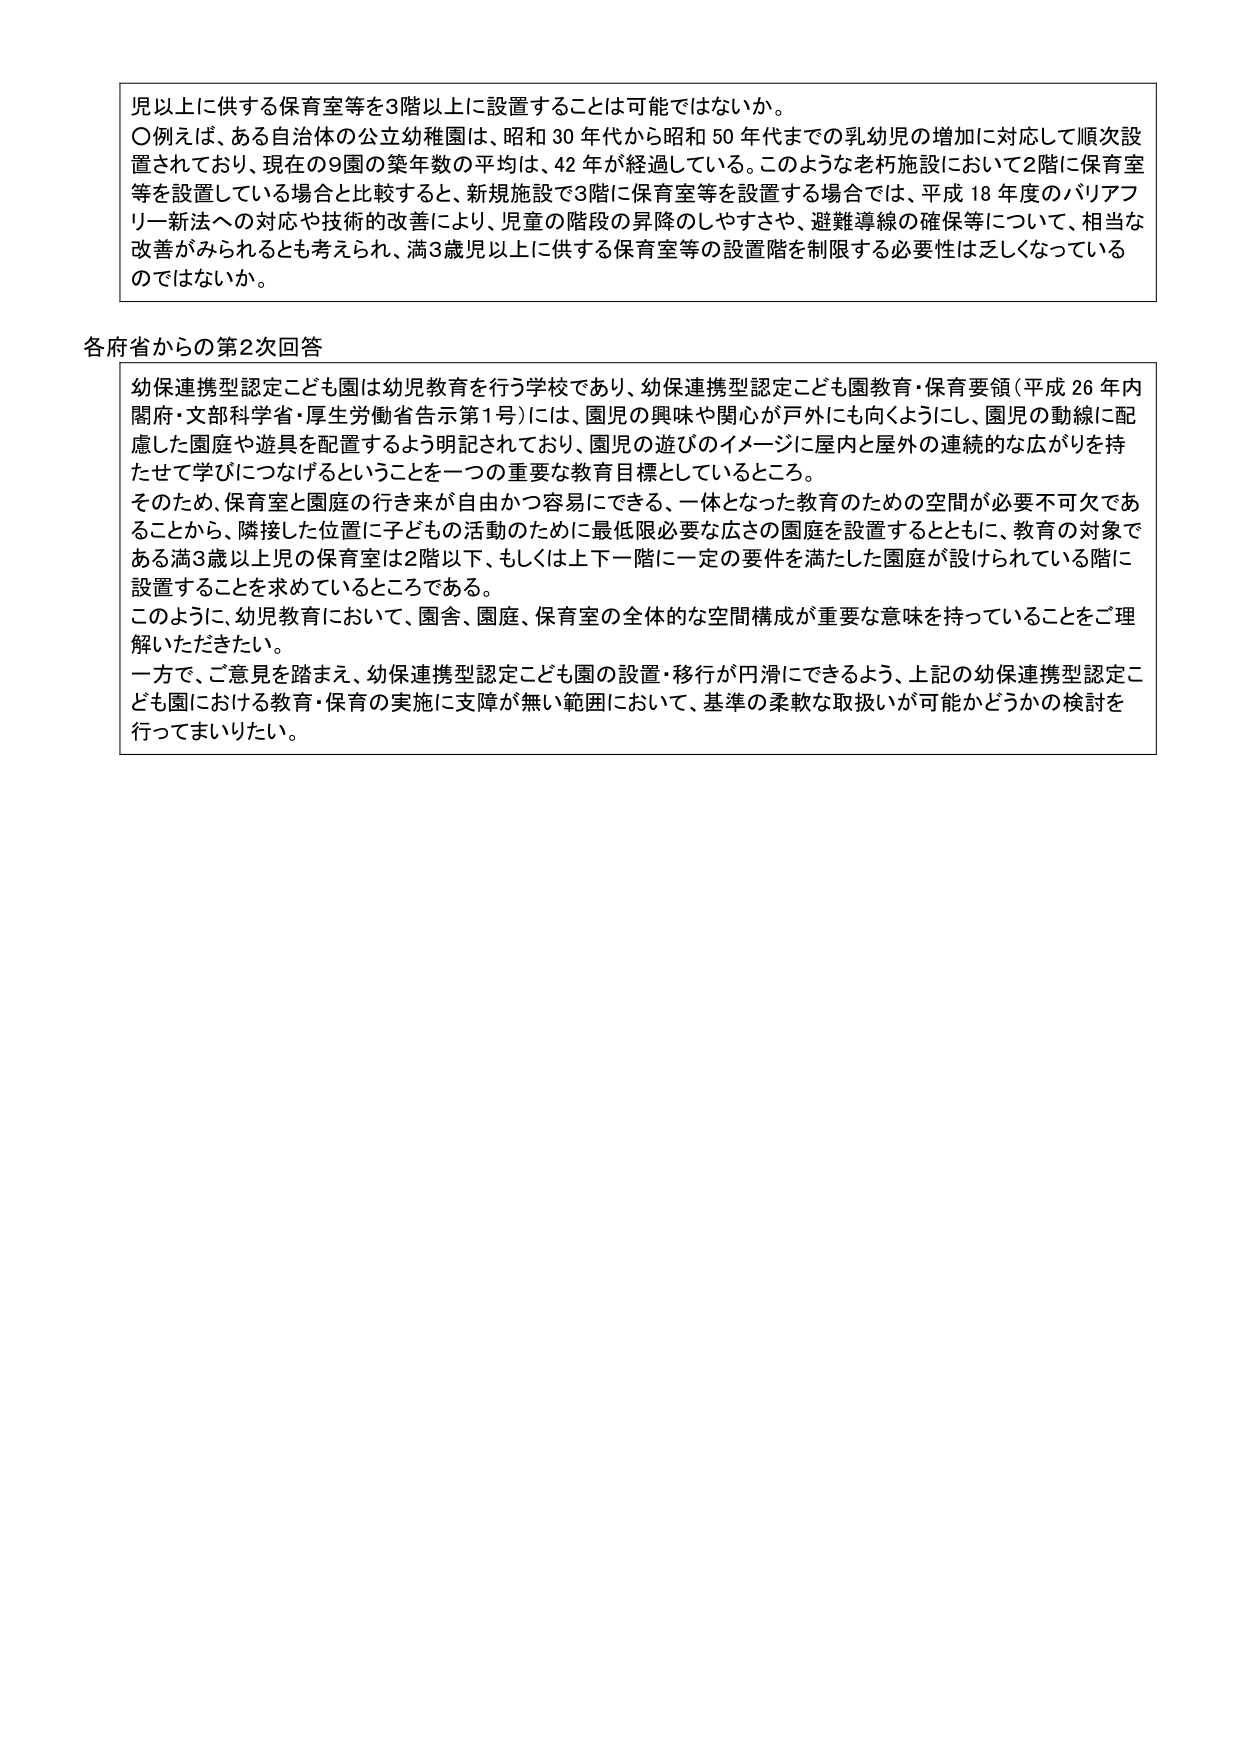
児以上に供する保育室等を3階以上に設置することは可能ではないか。
〇例えば、ある自治体の公立幼稚園は、昭和30年代から昭和50年代までの乳幼児の増加に対応して順次設置されており、現在の9園の築年数の平均は、42年が経過している。このような老朽施設において2階に保育室等を設置している場合と比較すると、新規施設で3階に保育室等を設置する場合では、平成18年度のバリアフリー新法への対応や技術の改善により、児童の階段の昇降のしやすさや、避難導線の確保等について、相当な改善がみられるとも考えられ、満3歳児以上に供する保育室等の設置階を制限する必要性は乏しくなっているのではないか。

各府省からの第2次回答
幼保連携型認定こども園は幼児教育を行う学校であり、幼保連携型認定こども園教育・保育要領（平成26年内閣府・文部科学省・厚生労働省告示第1号）には、園児の興味や関心が戸外にも向くようにし、園児の動線に配慮した園庭や遊具を配置するよう明記されており、園児の遊びのイメージに屋内と屋外の連続的な広がりを持たせて学びにつなげるということを一つの重要な教育目標としているところ。
そのため、保育室と園庭の行き来が自由かつ容易にできる、一体となった教育のための空間が必要不可欠であることから、隣接した位置に子どもの活動のために最低限必要な広さの園庭を設置するとともに、教育の対象である満3歳以上児の保育室は2階以下、もしくは上下一階に一定の要件を満たした園庭が設けられている階に設置することを求めているところである。
このように、幼児教育において、園舎、園庭、保育室の全体的な空間構成が重要な意味を持っていることをご理解いただきたい。
一方で、ご意見を踏まえ、幼保連携型認定こども園の設置・移行が円滑にできるよう、上記の幼保連携型認定こども園における教育・保育の実施に支障が無い範囲において、基準の柔軟な取扱いが可能かどうかの検討を行ってまいりたい。